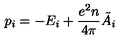
p _ { i } = - E _ { i } + \frac { e ^ { 2 } n } { 4 \pi } \tilde { A } _ { i }